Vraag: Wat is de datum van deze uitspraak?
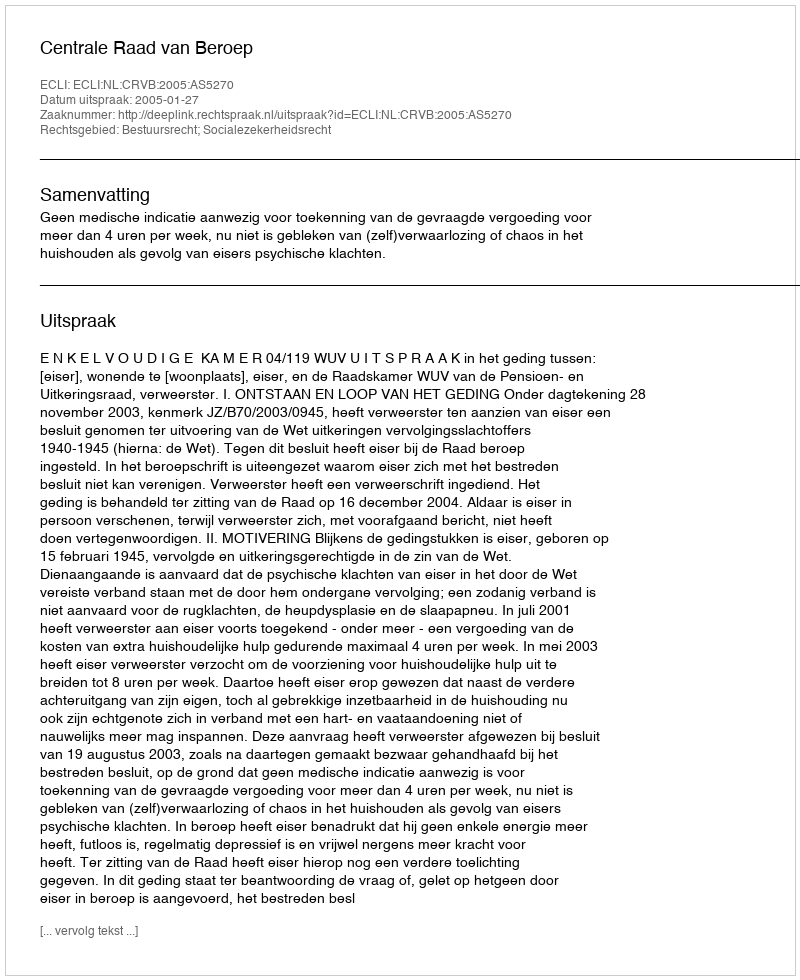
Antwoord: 2005-01-27